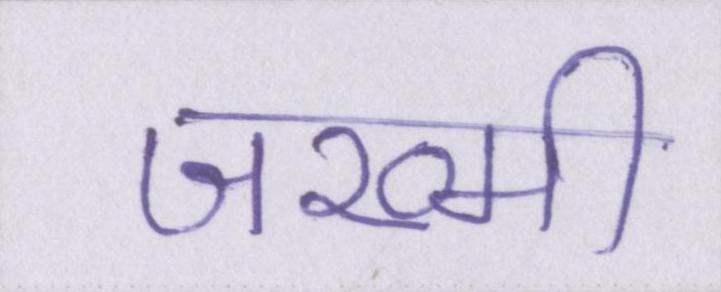
जख्मी